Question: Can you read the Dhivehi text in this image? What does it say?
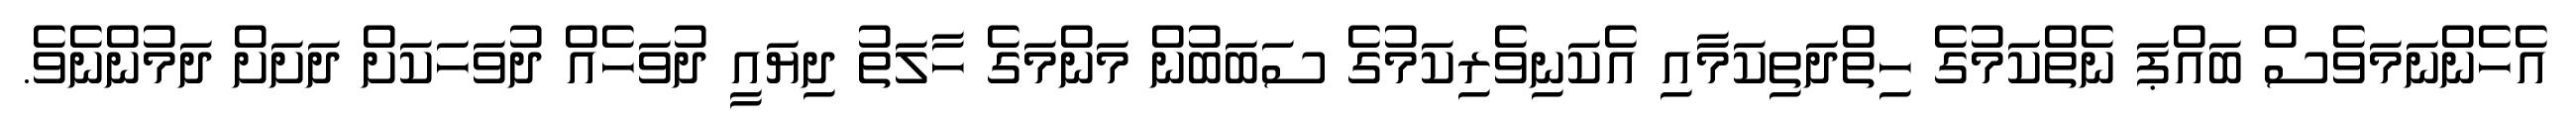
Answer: އެހެންނަމަވެސް ބައްޕަ ނެތްކަމުގެ ހިތްދަތިކަމާއި އެކަނިވެރިކަމުގެ ސަބަބުން މަންމަގެ ހާލަތު ދިޔައީ ދުވަހެއް ދުވަހަކަށް ދަށަށް ދަމުންނެވެ.